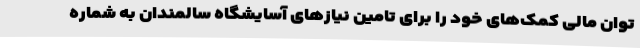
توان مالی کمک‌های خود را برای تامین نیازهای آسایشگاه سالمندان به شماره